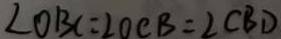
\angle O B C = \angle O C B = \angle C B D